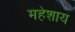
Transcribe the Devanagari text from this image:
महेशाय